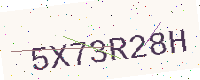
Text: 5X73R28H